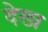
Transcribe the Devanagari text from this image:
देख्‍ा